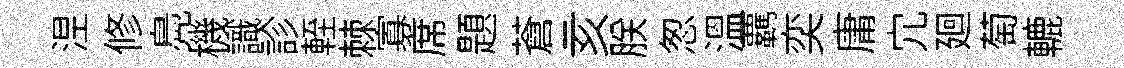
𣵀修鳧機識診輊棘寡席題蒼亥朕怱溫覊奕庸宂廻萄轆